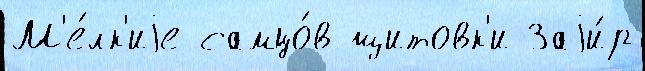
М'е́лк'иjе самцо́в щитовк'и Заjи́р